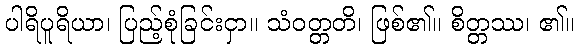
ပါရိပူရိယာ၊ ပြည့်စုံခြင်းငှာ။ သံဝတ္တတိ၊ ဖြစ်၏။ စိတ္တဿ၊ ၏။